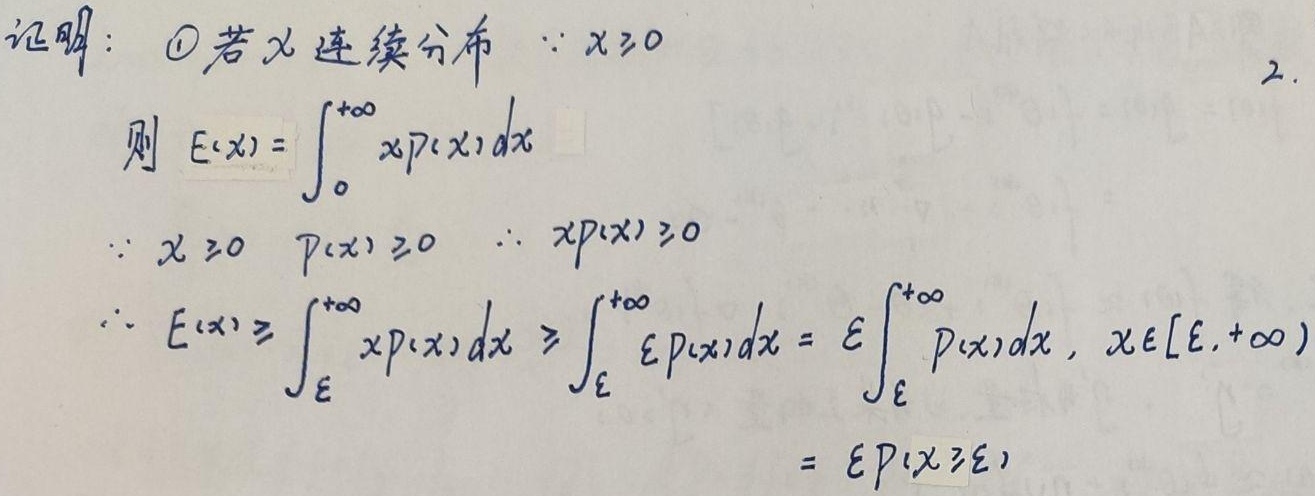
证明：
\textcircled{1}若 \(X\) 连续分布，
\(\because X\geq0\)，则 \(E(X)=\int_{0}^{+\infty}xP(x)dx\)。
\(\because X\geq0\)，\(P(x)\geq0\)，
\(\therefore xP(x)\geq0\)。
\(\therefore E(X)\geq\int_{\varepsilon}^{+\infty}xP(x)dx\geq\int_{\varepsilon}^{+\infty}\varepsilon P(x)dx=\varepsilon\int_{\varepsilon}^{+\infty}P(x)dx\)，（\(X\in[\varepsilon,+\infty)\)）
\(=\varepsilon P(X\geq\varepsilon)\)。